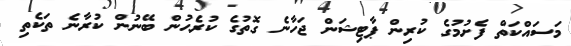
މަސައްކަތް ފެށުމުގެ ކުރިން ޕާޓިޝަން ޖަހާނެ ގޮތުގެ ކުރެހުން ބޭނުން ކުރާނެ ތަކެތި